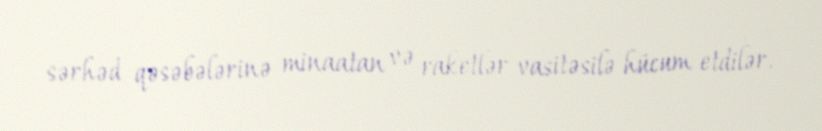
sərhəd qəsəbələrinə minaatan və raketlər vasitəsilə hücum etdilər.